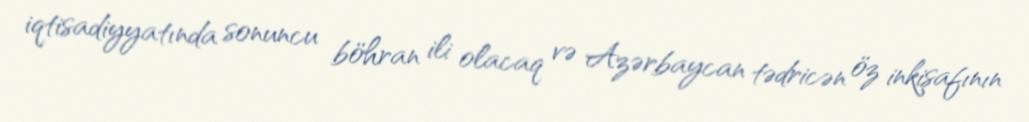
iqtisadiyyatında sonuncu böhran ili olacaq və Azərbaycan tədricən öz inkişafının